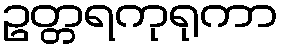
ဥတ္တရကုရုကာ